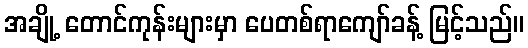
အချို့ တောင်ကုန်းများမှာ ပေတစ်ရာကျော်ခန့် မြင့်သည်။